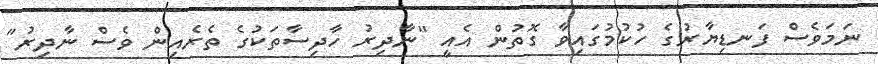
ނަމަވެސް ފަނޑިޔާރުގެ ހުކުމުގައިވާ ގޮތުން އެއީ "ނާދިރު ހާދިސާތަކުގެ ތެރެއިން ވެސް ނާދިރު"